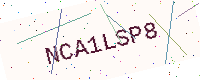
Text: NCA1LSP8